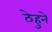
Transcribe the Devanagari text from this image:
ठेहुने